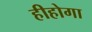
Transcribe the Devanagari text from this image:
हीहोगा